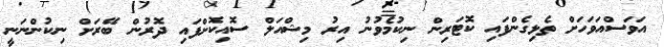
އަވަސްއަވަހަށް ތެޅިގެންފައި ކޮޓަރިން ނިކުމެވުނު އިރު މިޝްއަލް ސޮއިކޮށްފައި ދޮރުން ބޭރަށް ނިކުންނަނީ